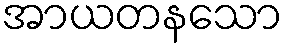
အာယတနသော